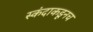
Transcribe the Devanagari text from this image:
स्कंदाकडूनच